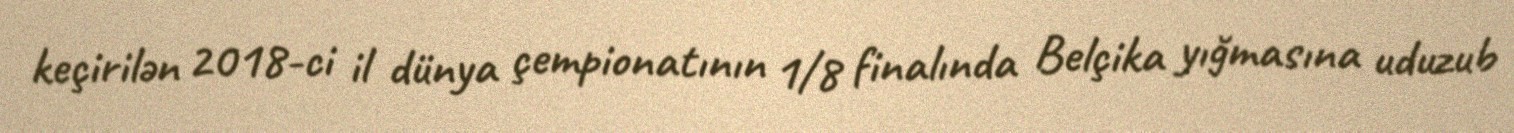
keçirilən 2018-ci il dünya çempionatının 1/8 finalında Belçika yığmasına uduzub